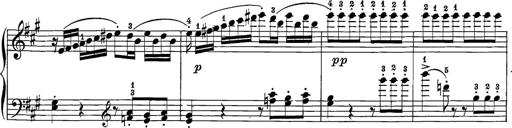
Title: 12 Sonatine per Pianoforte
Composer: Friedrich Kuhlau